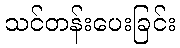
သင်တန်းပေးခြင်း